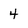
Character: 4